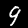
Label: 9